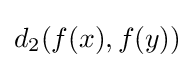
d_{2}(f(x),f(y))